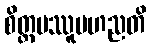
စိတ္တမဿူပဟညတိ